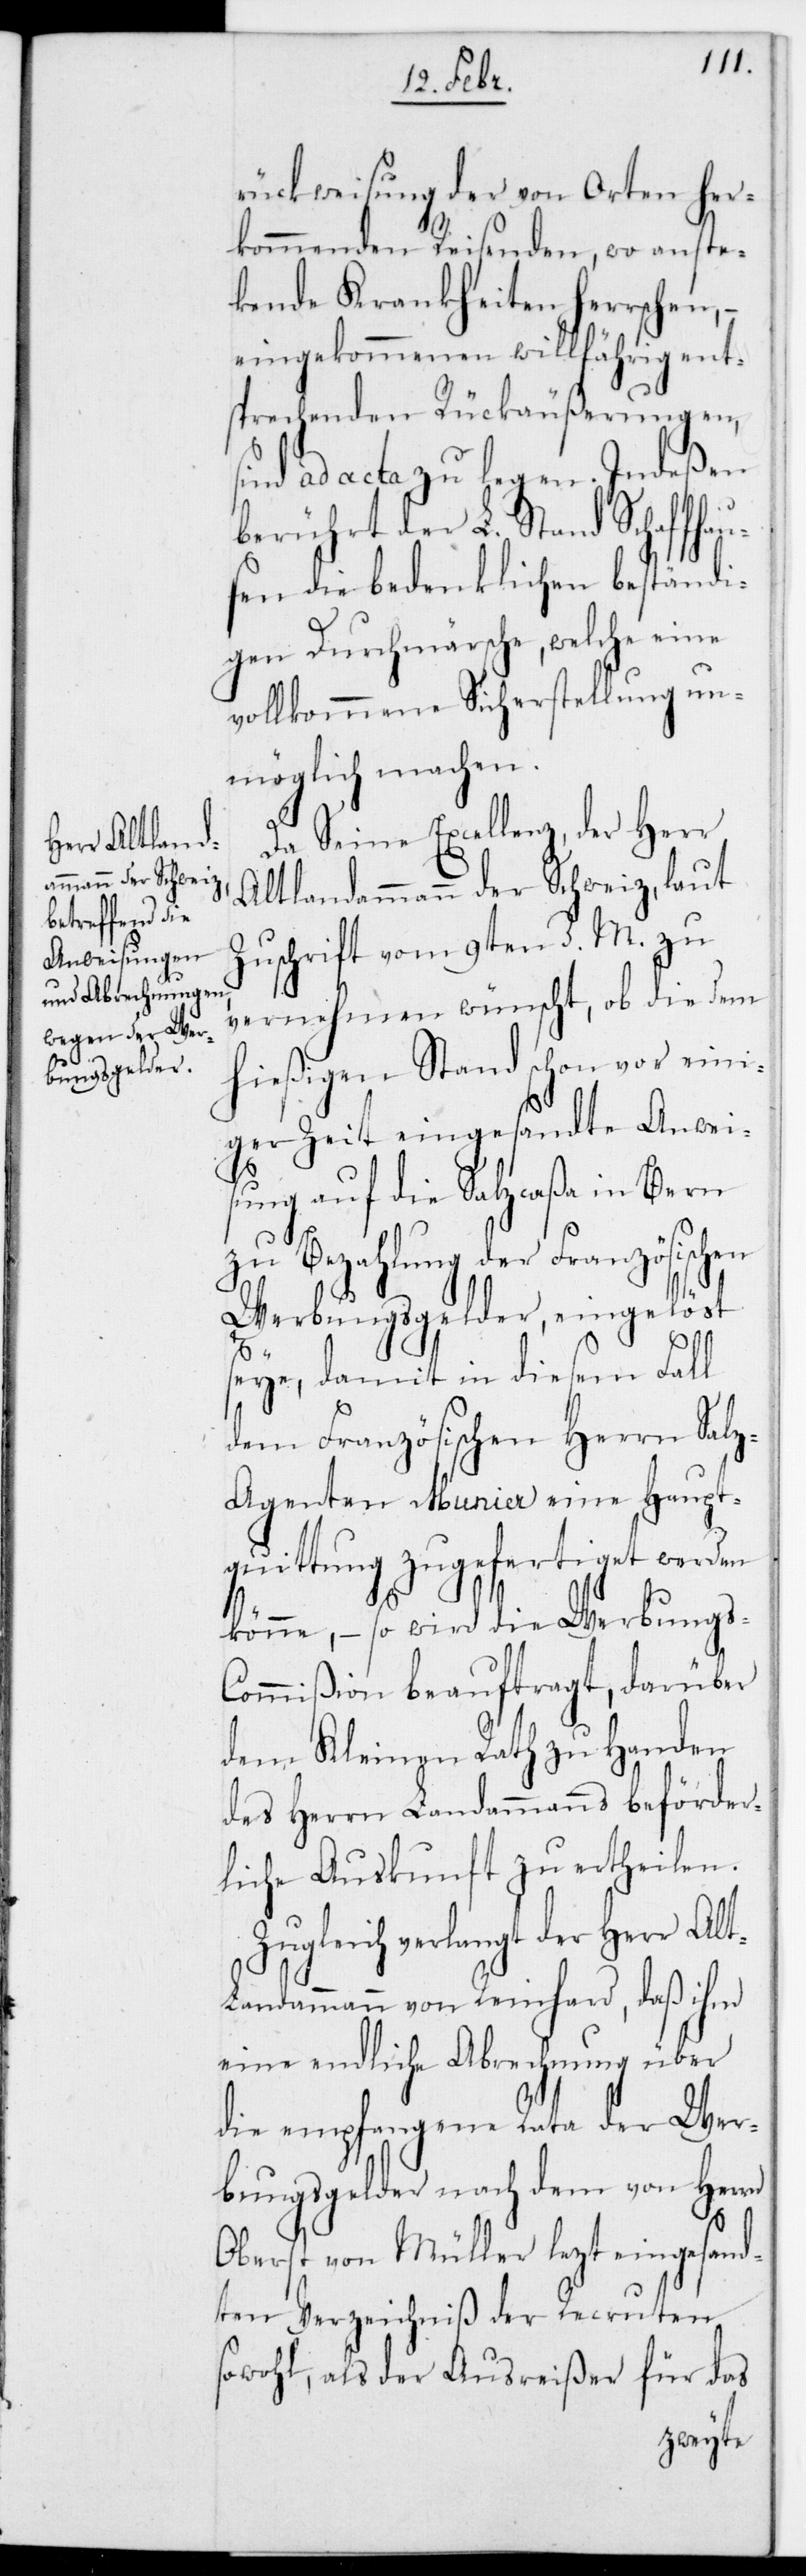
rückweisung der von Orten her¬
kommenden Reisenden, wo anste¬
ckende Krankheiten herrschen, –
eingekommenen willfährig ent¬
sprechenden Rückäußerungen,
sind ad acta zu legen. Indeßen
berührt der L. Stand Schaffha¬
usen die bedenklichen beständi¬
gen Durchmärsche, welche eine
vollkommene Sicherstellung un¬
möglich machen.
Da Seine Excellenz der Herr
Altlandammann der Schweiz laut
Zuschrift vom 9ten d. M. zu
vernehmen wünscht, ob die dem
hießigen Stand schon vor eini¬
ger Zeit eingesandte Anweis¬
ung auf die Salzcaßa in Bern
zu Bezahlung der Französischen
Werbungsgelder, eingelöst
seye, damit in diesem Fall
dem Französischen Herrn Salz¬
agenten Munier eine Haupt¬
quittung zugefertiget werden
könne, – so wird die Werbungs¬
commißion beauftragt, darüber
dem kleinen Rath zu Handen
des Herrn Landammanns beförder¬
liche Auskunft zu ertheilen.
Zugleich verlangt der Herr Al¬
t-Landammann von Rheinhard, daß ihm
eine endliche Abrechnung über
die empfangene Rata der Wer¬
bungsgelder nach dem von Herrn
Oberst von Müller lezt eingesand¬
ten Verzeichnis der Recruten
sowohl als der Ausreißer für das